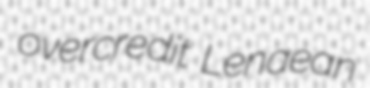
overcredit Lenaean